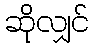
ဆိုလျှင်